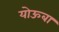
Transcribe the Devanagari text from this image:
योऊबा